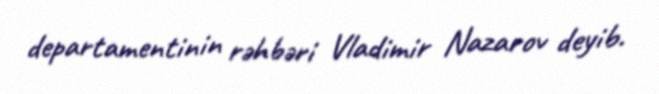
departamentinin rəhbəri Vladimir Nazarov deyib.